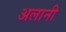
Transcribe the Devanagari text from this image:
अलानी